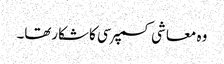
وہ معاشی کسمپرسی کاشکارتھا۔